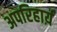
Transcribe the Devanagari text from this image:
अपरिहार्य़